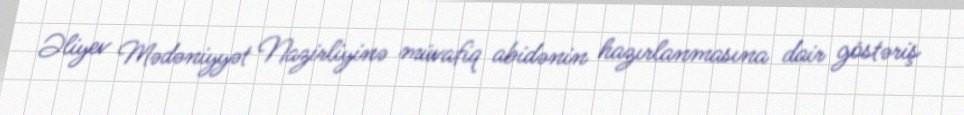
Əliyev Mədəniyyət Nazirliyinə müvafiq abidənin hazırlanmasına dair göstəriş